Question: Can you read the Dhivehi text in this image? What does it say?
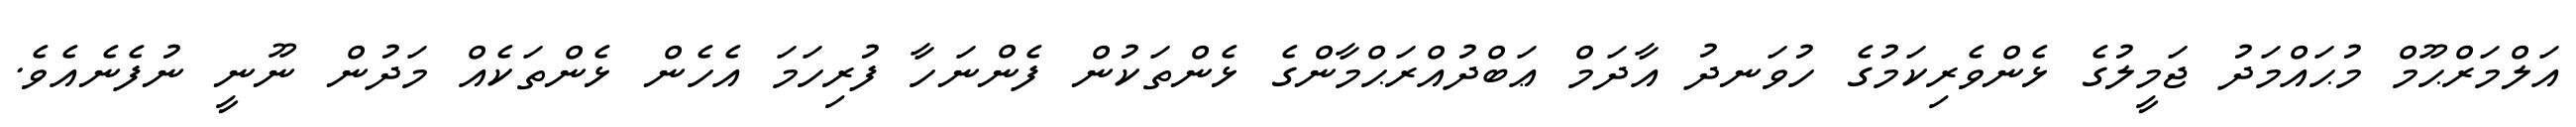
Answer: އަލްމަރްޙޫމް މުޙައްމަދު ޖަމީލުގެ ޅެންވެރިކަމުގެ ހުވަނދު އާދަމް ޢަބްދުއްރަޙްމާންގެ ޅެންތަކުން ފެންނަހާ ފުރިހަމަ އެހެން ޅެންތަކެއް މަދުން ނޫނީ ނުފެނެއެވެ.